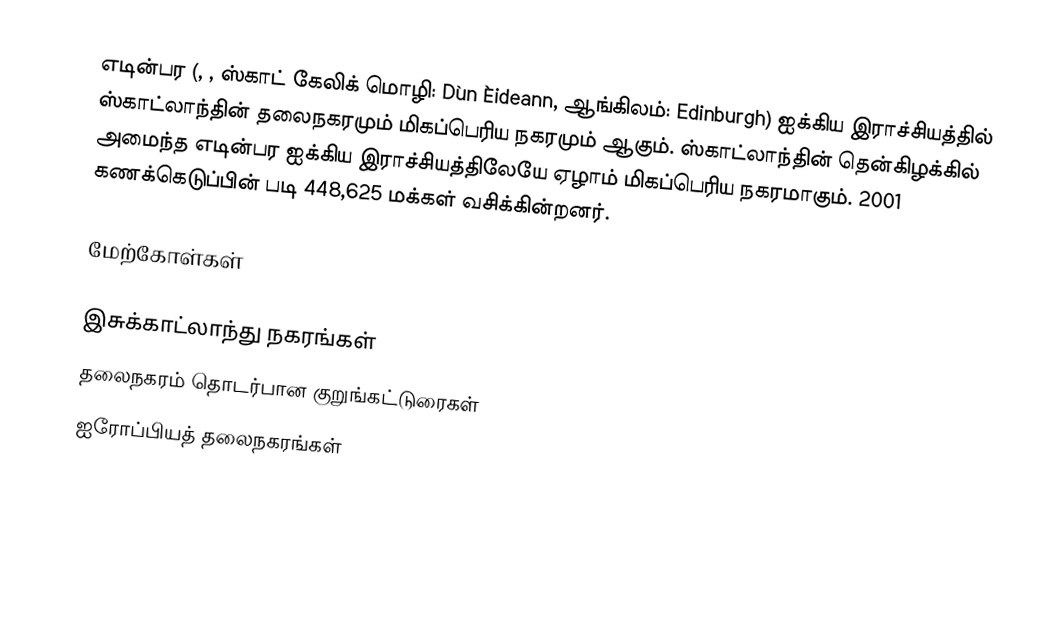
எடின்பர (, , ஸ்காட் கேலிக் மொழி: Dùn Èideann, ஆங்கிலம்: Edinburgh) ஐக்கிய இராச்சியத்தில் ஸ்காட்லாந்தின் தலைநகரமும் மிகப்பெரிய நகரமும் ஆகும். ஸ்காட்லாந்தின் தென்கிழக்கில் அமைந்த எடின்பர ஐக்கிய இராச்சியத்திலேயே ஏழாம் மிகப்பெரிய நகரமாகும். 2001 கணக்கெடுப்பின் படி 448,625 மக்கள் வசிக்கின்றனர்.

மேற்கோள்கள்

இசுக்காட்லாந்து நகரங்கள்
தலைநகரம் தொடர்பான குறுங்கட்டுரைகள்
ஐரோப்பியத் தலைநகரங்கள்